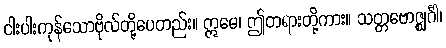
ငါးပါးကုန်သောဗိုလ်တို့ပေတည်း။ ဣမေ၊ ဤတရားတို့ကား။ သတ္တဗောဇ္ဈင်္ဂါ၊